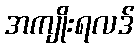
အကျိုးရလဒ်